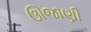
ઊજાણી